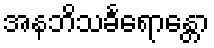
အနဘိသင်္ခရောန္တော